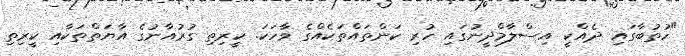
"ހުތުބާގައި ދެއްކީ އިސްލާމްދީނުގައި ހުރި ކަންތައްތަކެއްގެ ވާހަކަ. ކީރިތި ގުރުއާނުގެ އާޔަތްތަކާއި ކީރިތި